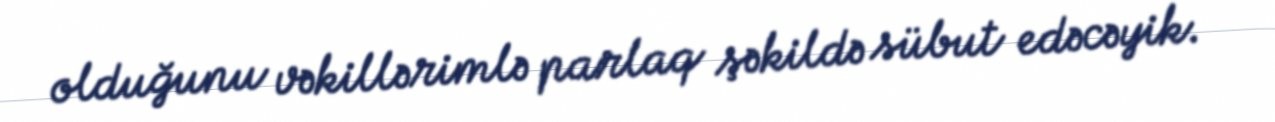
olduğunu vəkillərimlə parlaq şəkildə sübut edəcəyik.